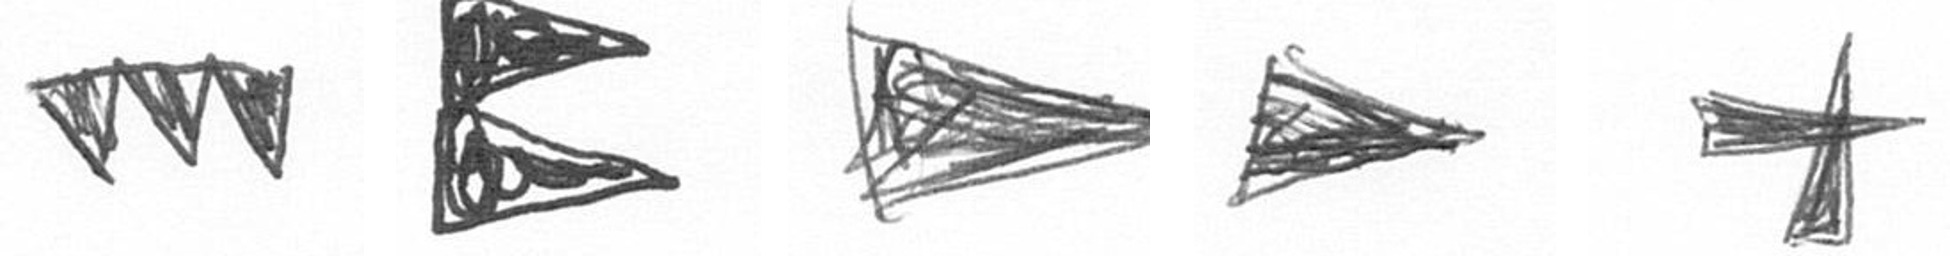
L P T T G